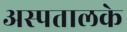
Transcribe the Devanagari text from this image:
अस्पतालके